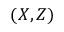
( X , Z )